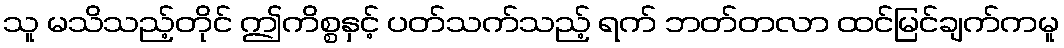
သူ မသိသည့်တိုင် ဤကိစ္စနှင့် ပတ်သက်သည့် ရက် ဘတ်တလာ ထင်မြင်ချက်ကမူ